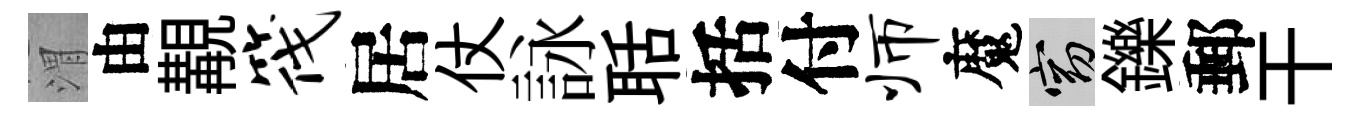
渭由覯筏居仗詠聒括付师魔窈鑠郵干